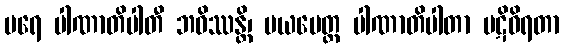
ပရေ ပါဏာတိပါတီ ဘဝိဿန္တိ၊ မယမေတ္ထ ပါဏာတိပါတာ ပဋိဝိရတာ